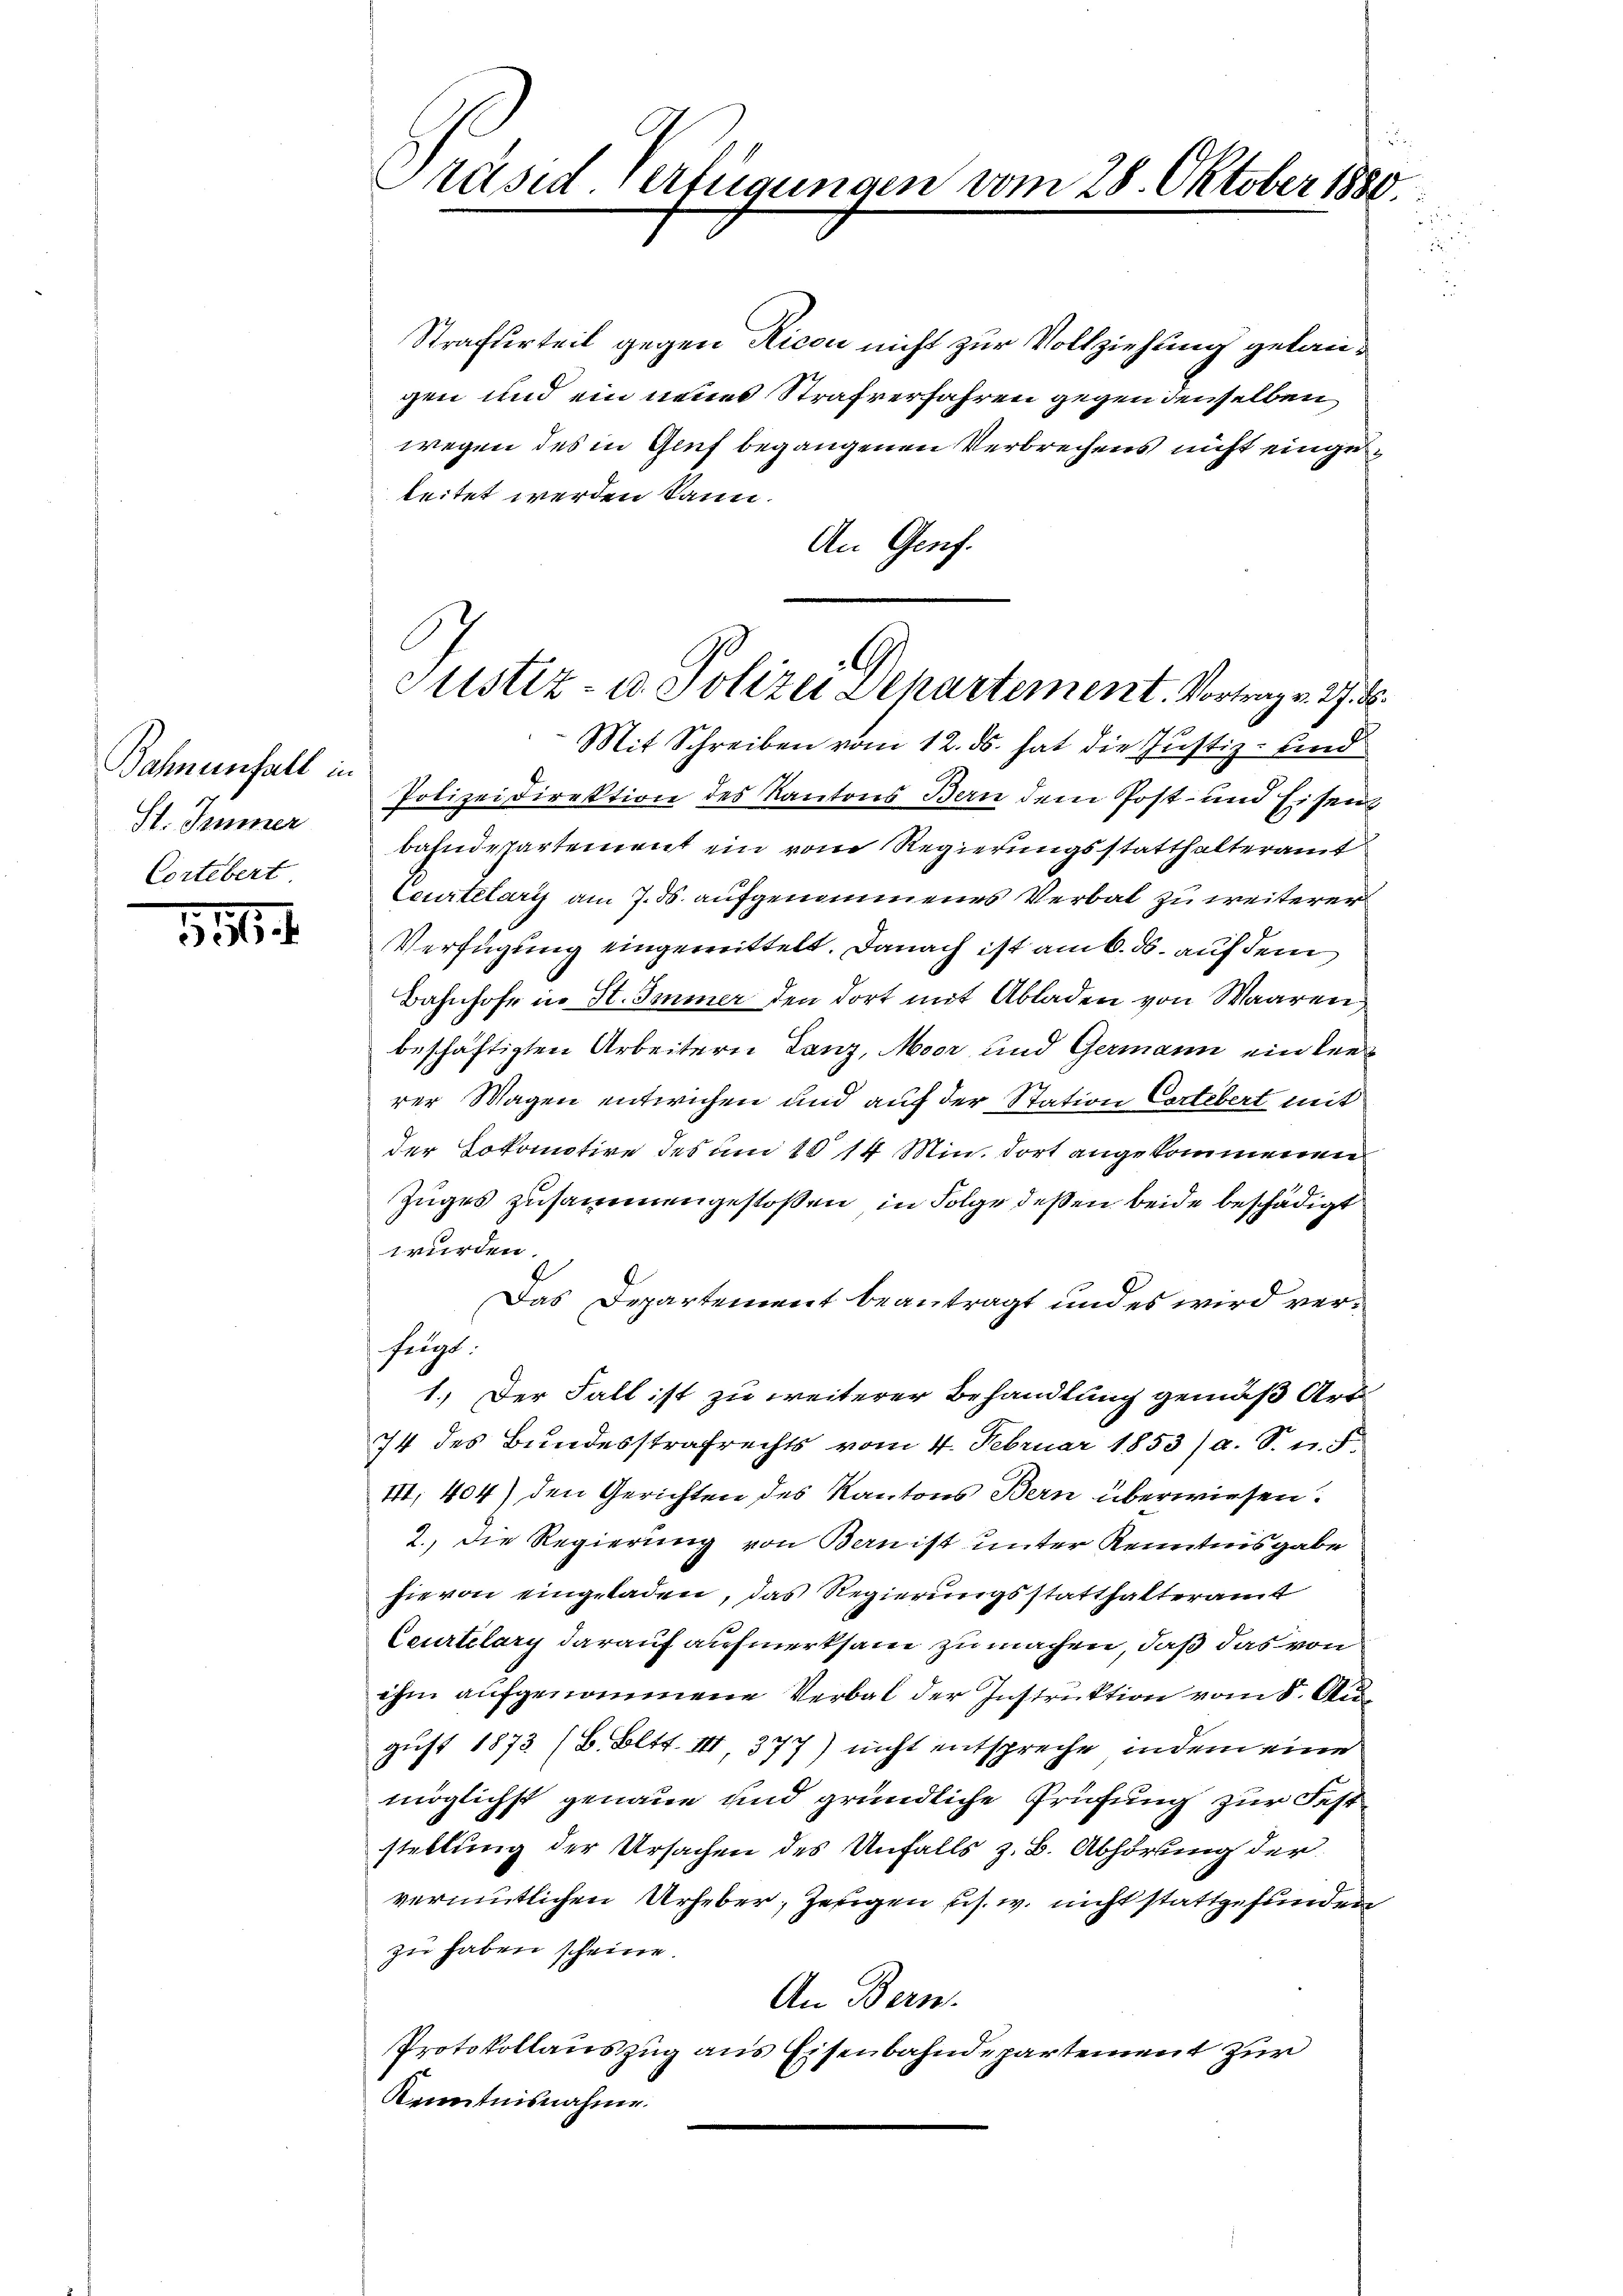
Bahnenfall in
St. Jenner
Cortebert

556.

Präsid. Verfügungen vom 28. Oktober 1880

Strafurteil gegen Ricon nicht zur Vollziehung gelaugen und ein neues Strafverfahren gegen denselben
wegen des in Genf begangenen Verbrechens nicht eingeleitet werden kann.
An Genf.
Polizeidirektion des Kantons Bern dem Post- und Eisen
bahndepartement ein vom Regierungsstatthalteramt
Ceurtelary am 7. ds. aufgenommenes Verbal zu weiterer
Verfügung eingemittelt. Danach ist am 6. ds. auf dem
Bahnhofe in St. Immer den dort mit Abladen von Waaren,
beschäftigten Arbeitern Lanz, Moor und Germann einkenrer Wagen entwichen und auf der Station Cortebert mit
der Lokomotive des um 10 14 Min. dort angekommenen
Zuges zusammengestoßen, in Folge deßen beide beschädigt
wurden.
Das Departement beantragt und es wird verfelgt
1.) Der Fall ist zu weiterer Behandlung gemäß Art.
74 des Bundesstrafrechts vom 4. Februar 1853) a. S. u. F
I, 404) den Gerichten des Kantons Bern überwiesen.
2.) Die Regierung von Bernist unter Kenntnisgabe
hievon eingeladen, das Regierungsstatthalteramt
Ceurtelary darauf aufmerksam zu machen, daß das von
ihm aufgenommene Verbal der Instruktion vom 8. August 1873 (B. Bett. III 377) nicht entspreche, indem eine
möglichst genaue und gründliche Prüfung zur Fest
stellung der Ursachen des Unfalls z. B. Abhörung der
vermutlichen Urheber, Zeigen s. w. nicht stattgefunden
zu haben scheine.
An Bern.
Protokollauszug aus Eisen
inpartement zur
Kenntnisnahme.

Justiz- u. Polizei Departement. Vortrag v. 27.
Mit Schreiben vom 12. ds. hat die Justiz- und